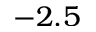
- 2 . 5